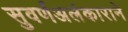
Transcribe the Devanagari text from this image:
सुवर्णअलंकाराने